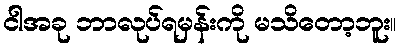
ငါအခု ဘာလုပ်ရမှန်းကို မသိတော့ဘူး။